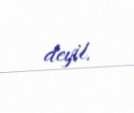
deyil.